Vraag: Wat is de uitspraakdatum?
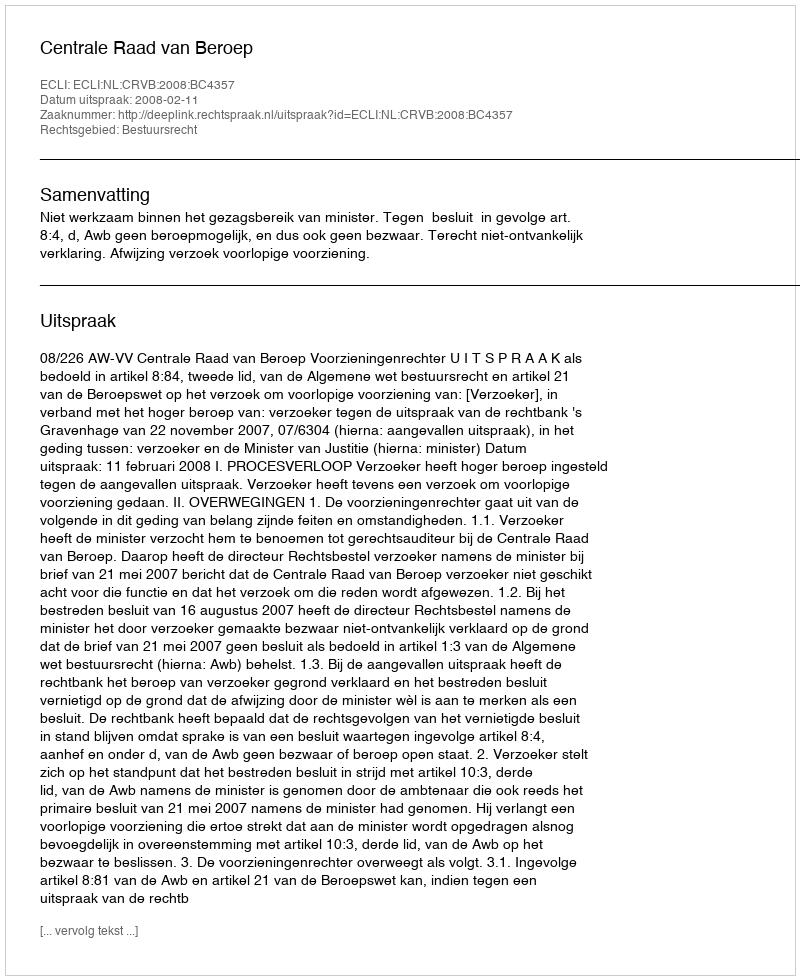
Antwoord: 2008-02-11